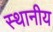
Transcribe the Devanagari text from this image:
स्थानीय